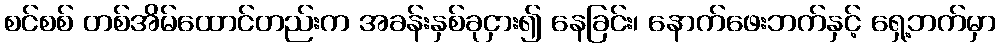
စင်စစ် တစ်အိမ်ထောင်တည်းက အခန်းနှစ်ခုငှား၍ နေခြင်း၊ နောက်ဖေးဘက်နှင့် ရှေ့ဘက်မှာ